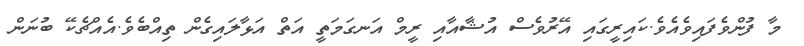
މާ ފުންވެފައިވެއެވެ.ކައިރީގައި އޭރުވެސް އުޝާއާއި ރީމް އަނގަމަތީ އަތް އަޅާލައިގެން ތިއްބެވެ.އެއްޗެކޭ ބުނަން